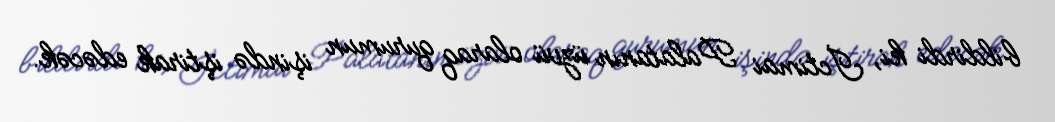
bildirdi ki, İctimai Palatanın üzvü olaraq qurumun işində iştirak edəcək.